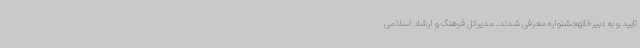
تایید و به دبیرخانهجشنواره معرفی شدند. مدیرکل فرهنگ و ارشاد اسلامی